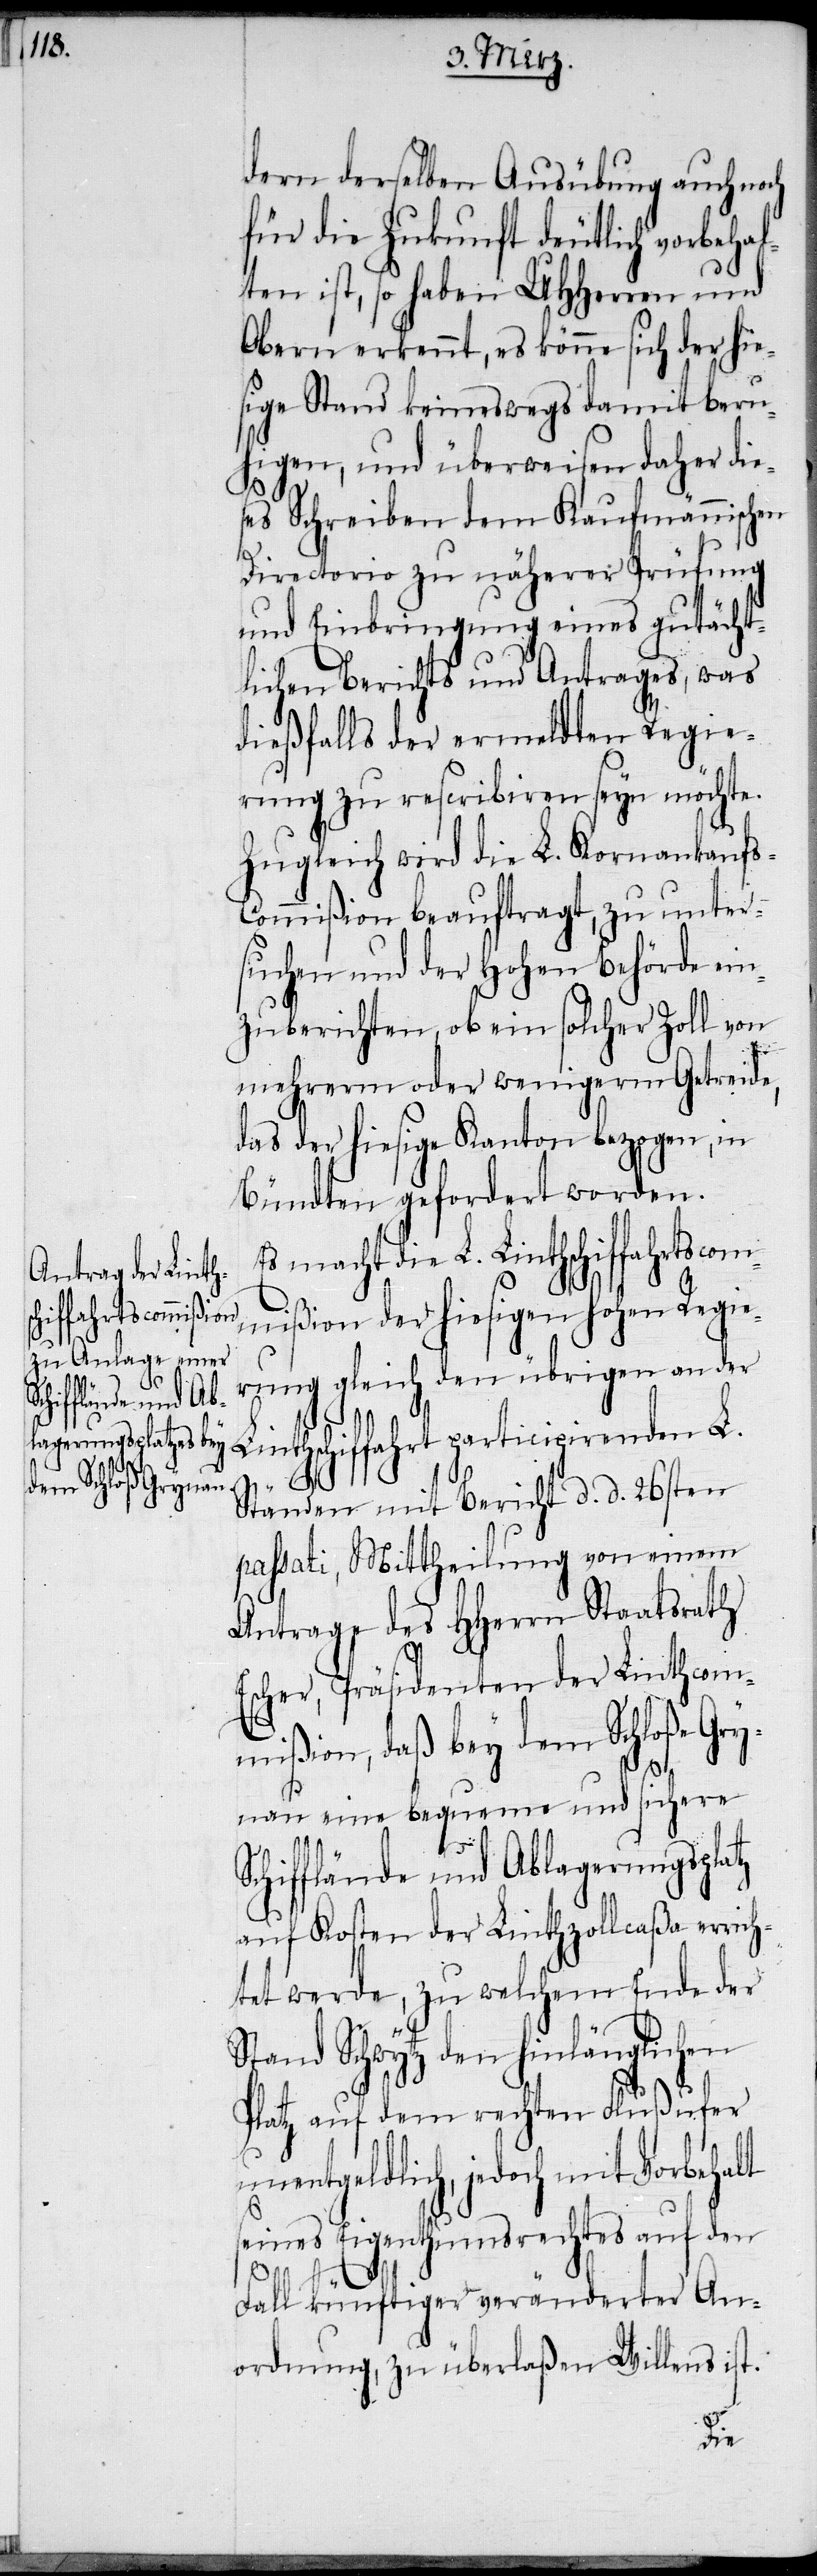
dern derselben Ausübung auch noch
für die Zukunft deutlich vorbeha¬
lten ist, so haben UHHerren und
Obern erkennt, es könne sich der hie¬
sige Stand keineswegs damit beru¬
higen, und überweisen daher dies¬
es Schreiben dem Kaufmännischen
Directorio zu näherer Prüfung
und Einbringung eines gutächt¬
lichen Berichts und Antrages, was
dießfalls der ermeldten Regie¬
rung zu rescribiren seyn möchte.
Zugleich wird die L. Kornankaufs-C¬
ommißion beauftragt, zu unter¬
suchen und der Hohen Behörde ein¬
zuberichten, ob ein solcher Zoll von
mehrerm oder wenigerm Getreide,
das der hiesige Kanton bezogen, in
Bündten gefordert worden.
Es macht die L. Linthschiffahrtscom¬
mißion der hiesigen hohen Regie¬
rung gleich den übrigen an der
Linthschiffahrt participirenden L.
Ständen mit Bericht d. d. 26sten
passati, Mittheilung von einem
Antrage des HHerrn Staatsrath
Escher, Präsidenten der Linthcom¬
mißion, daß bey dem Schloße Gry¬
nau eine bequeme und sichere
chifflände und Ablagerungsplatz
auf Kosten der Linthzollcaßa errich¬
tet werde, zu welchem Ende der
Stand Schwytz den hinlänglichen
Platz auf dem rechen Flußufer
unentgeldlich, jedoch mit Vorbehalt
seines Eigenthumsrechtes auf den
S¬
Fall künftiger veränderter An¬
ordnung, zu überlaßen Willens ist.